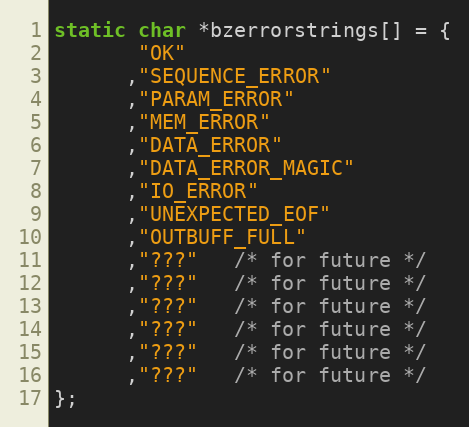
Language: C
static char *bzerrorstrings[] = {
       "OK"
      ,"SEQUENCE_ERROR"
      ,"PARAM_ERROR"
      ,"MEM_ERROR"
      ,"DATA_ERROR"
      ,"DATA_ERROR_MAGIC"
      ,"IO_ERROR"
      ,"UNEXPECTED_EOF"
      ,"OUTBUFF_FULL"
      ,"???"   /* for future */
      ,"???"   /* for future */
      ,"???"   /* for future */
      ,"???"   /* for future */
      ,"???"   /* for future */
      ,"???"   /* for future */
};